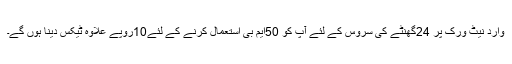
وارد نیٹ ورک پر 24گھنٹے کی سروس کے لئے آپ کو 50ایم بی استعمال کرنے کے لئے10روپے علاوہ ٹیکس دینا ہوں گے۔